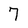
Character: 7